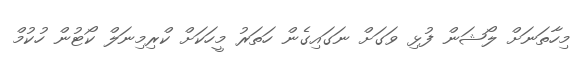
މިހާތަނަށް ލޯޝަން ފުޅި ވަގަށް ނަގައިގެން ހަތަރު މީހަކަށް ކްރިމިނަލް ކޯޓުން ހުކުމް